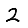
Digit: 2